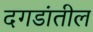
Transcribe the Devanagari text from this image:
दगडांतील